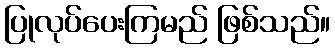
ပြုလုပ်ပေးကြမည် ဖြစ်သည်။